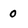
Character: 0